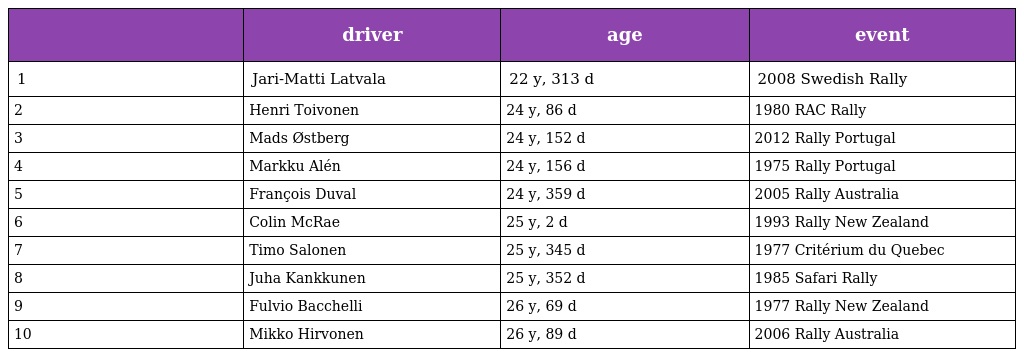
|  | driver | age | event |
 | --- | --- | --- | --- |
 | 1 | Jari-Matti Latvala | 22 y, 313 d | 2008 Swedish Rally |
 | 2 | Henri Toivonen | 24 y, 86 d | 1980 RAC Rally |
 | 3 | Mads Østberg | 24 y, 152 d | 2012 Rally Portugal |
 | 4 | Markku Alén | 24 y, 156 d | 1975 Rally Portugal |
 | 5 | François Duval | 24 y, 359 d | 2005 Rally Australia |
 | 6 | Colin McRae | 25 y, 2 d | 1993 Rally New Zealand |
 | 7 | Timo Salonen | 25 y, 345 d | 1977 Critérium du Quebec |
 | 8 | Juha Kankkunen | 25 y, 352 d | 1985 Safari Rally |
 | 9 | Fulvio Bacchelli | 26 y, 69 d | 1977 Rally New Zealand |
 | 10 | Mikko Hirvonen | 26 y, 89 d | 2006 Rally Australia |